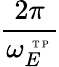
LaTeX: \displaystyle\frac{2\pi}{\omega_{E}^{\mathrm{~\tiny~T~P~}}}